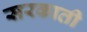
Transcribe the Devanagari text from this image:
सरकाती